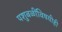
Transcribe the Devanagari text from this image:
पशुबळींविषयीही